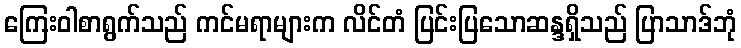
ကြေးဝါစာရွက်သည် ကင်မရာများက လိင်တံ ပြင်းပြသောဆန္ဒရှိသည် ပြာသာဒ်ဘုံ